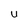
Character: U